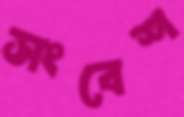
সংবেশ